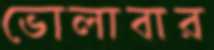
ভোলাবার